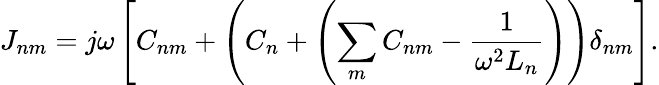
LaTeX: J_{nm}=j\omega\left[C_{nm}+\left(C_{n}+\left(\sum_{m}C_{nm}-\frac{1}{\omega^{2}L_{n}}\right)\right)\delta_{nm}\right].